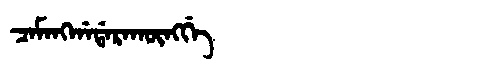
Manchu: ᠴᠠᠮᠠᠩᡤᠠᡩᠠᡵᠠᡴᡡᠩᡤᡝ
Romanization: CAMANGGADARAKŪNGGE